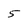
Character: 5